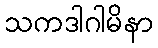
သကဒါဂါမိနာ